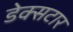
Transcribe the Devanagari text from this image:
डेक्सटार